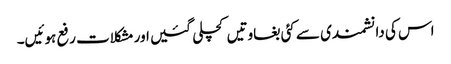
اس کی دانشمندی سے کئی بغاوتیں کچلی گئیں اور مشکلات رفع ہوئیں۔